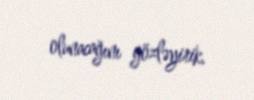
olunacağını gözləyirik.